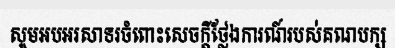
សូមអបអរសាទរចំពោះសេចក្តីថ្លែងការណ៍របស់គណបក្ស